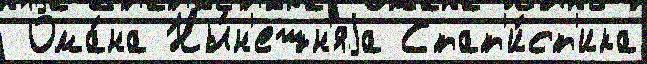
 Ома́на Ны́н'ешн'яjа Стат'и́ст'ика